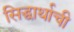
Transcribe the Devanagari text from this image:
सिद्धार्थाची